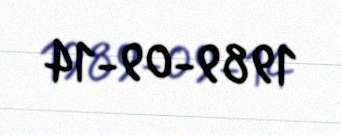
1989-09-14